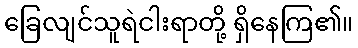
ခြေလျင်သူရဲငါးရာတို့ ရှိနေကြ၏။